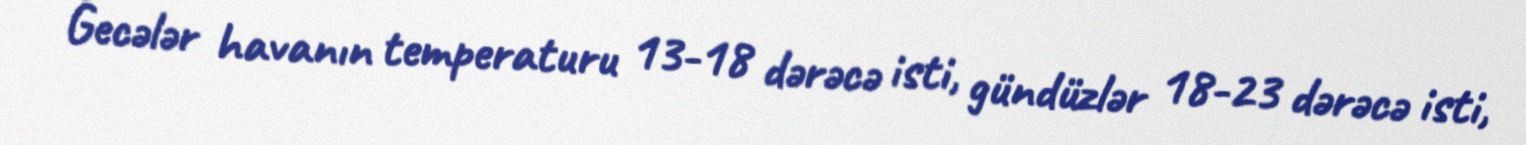
Gecələr havanın temperaturu 13-18 dərəcə isti, gündüzlər 18-23 dərəcə isti,